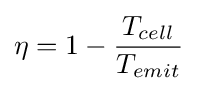
\eta =1-{\frac {T_{cell}}{T_{emit}}}